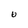
Character: 0